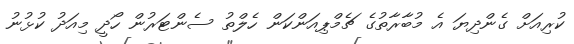
ކުރިއަށް ގެންދިޔަ އެ މުބާރާތުގެ ޗެމްޕިއަންކަން ހެލްތު ސެންޓަރުން ހޯދީ މިއަދު ކުޅުނު